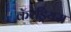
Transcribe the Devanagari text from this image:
कॅरेड्रियस